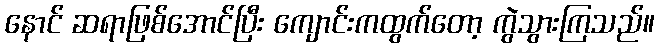
နောင် ဆရာဖြစ်အောင်ပြီး ကျောင်းကထွက်တော့ ကွဲသွားကြသည်။